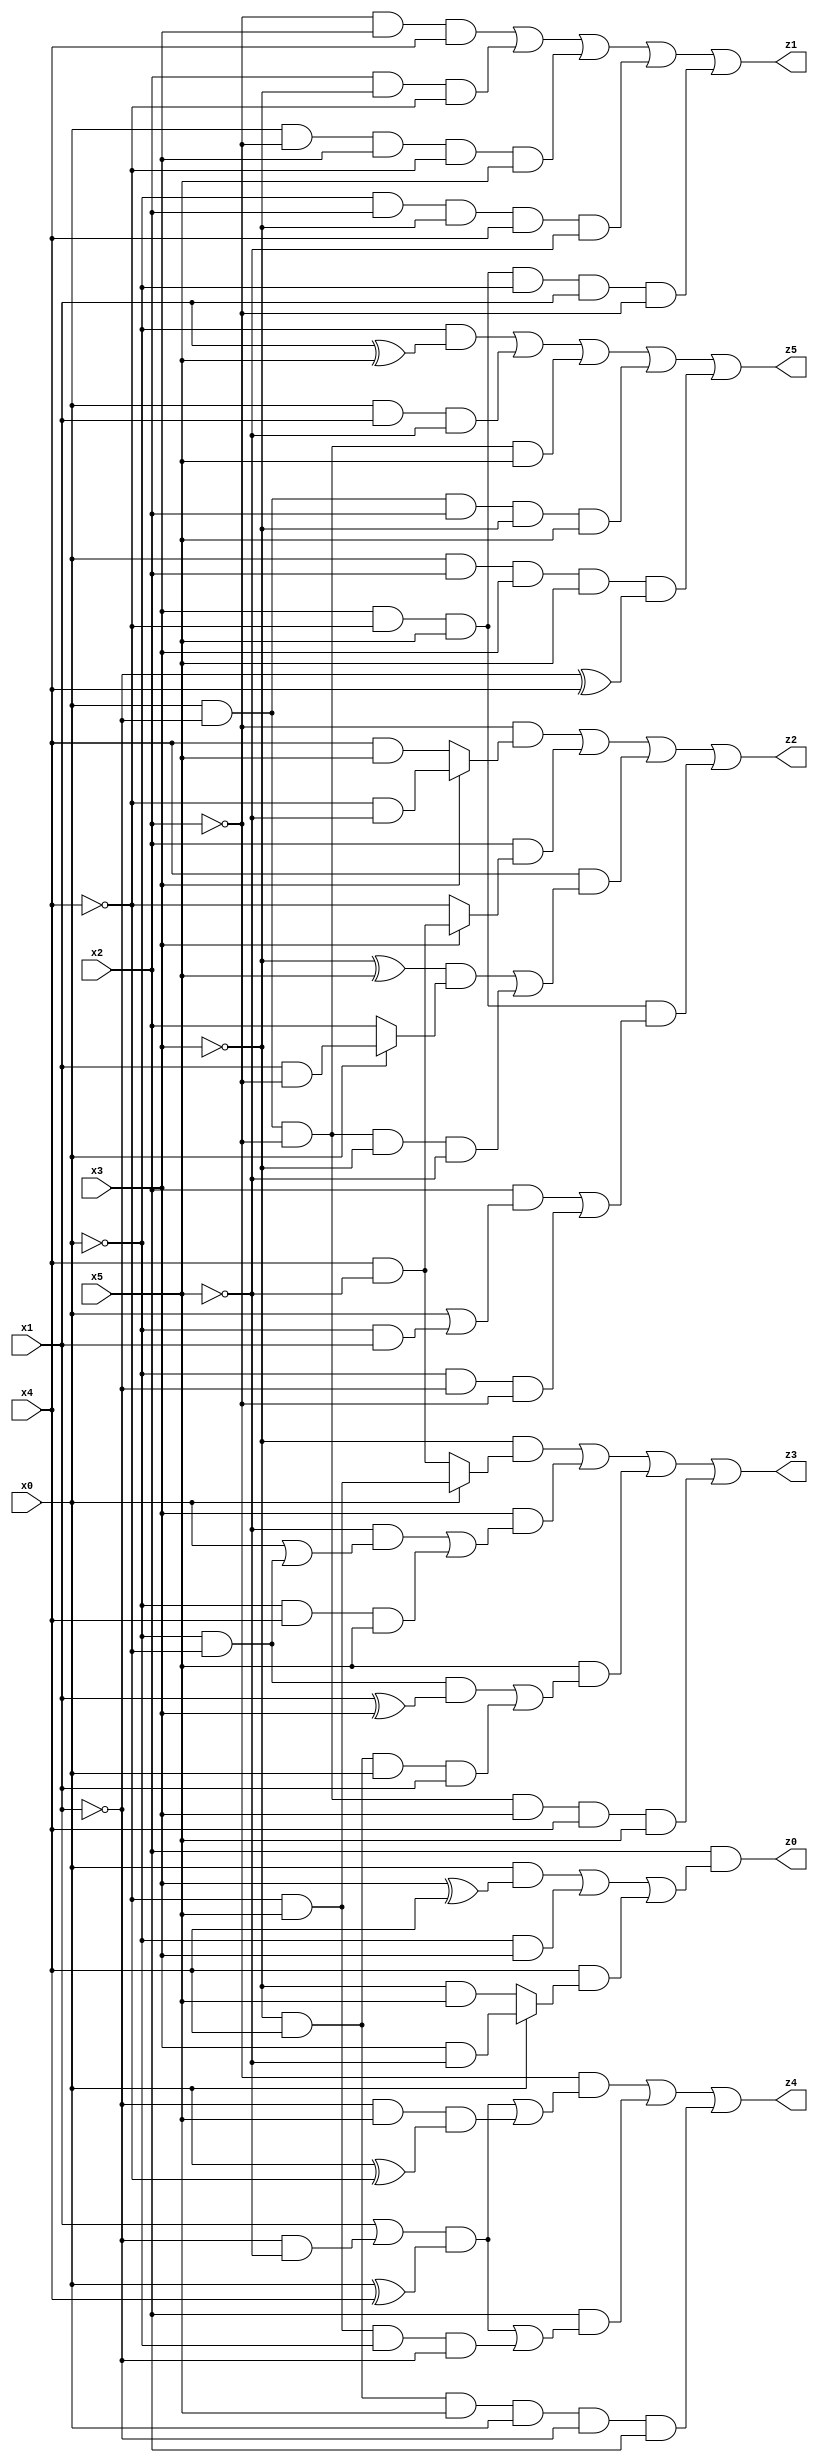
// Benchmark "X_77" written by ABC on Thu Jun 29 03:22:50 2023

module X_77 ( 
    x0, x1, x2, x3, x4, x5,
    z0, z1, z2, z3, z4, z5  );
  input  x0, x1, x2, x3, x4, x5;
  output z0, z1, z2, z3, z4, z5;
  assign z0 = x2 & ((x0 & (x3 ^ x4)) | (~x0 & x3) | (x4 & (x0 ? (x3 & ~x5) : (~x3 & x5))));
  assign z1 = (~x2 & x3 & x4) | (x2 & ~x3 & ~x4) | (x0 & ~x2 & x3 & ~x4 & x5) | (~x0 & x2 & ~x3 & x4 & ~x5) | (x3 & ~x4 & x5 & ~x0 & x1 & ~x2);
  assign z2 = (~x2 & (x3 ? (~x4 & ~x5) : (x4 & x5))) | (x2 & (x3 ? (x4 & ~x5) : ~x4)) | (x4 & (((~x3 ^ x5) & (x0 ? (x1 & ~x2) : x2)) | (x0 & ~x1 & ~x2 & ~x3 & ~x5))) | (x3 & ~x4 & x5 & ((x2 & (x0 | (~x0 & x1))) | (~x0 & ~x1 & ~x2)));
  assign z3 = (~x3 & (x0 ? (~x4 & x5) : (x4 & ~x5))) | (x3 & ((~x5 & (x0 | (~x0 & ~x4))) | (~x0 & x4 & x5))) | (x5 & ((~x0 & ~x4 & (x1 ^ x3)) | (~x3 & x4 & x0 & x1))) | (x0 & ~x1 & ~x2 & x3 & x4 & x5);
  assign z4 = (~x2 & (((x1 | (~x1 & ~x5)) & (x0 ^ x4)) | (~x1 & x5 & (x0 ^ ~x4)))) | (x2 & (((x1 | (~x1 & ~x5)) & (x0 ^ x4)) | (~x4 & x5 & ~x0 & ~x1))) | (~x3 & x4 & x5 & x0 & ~x1 & x2);
  assign z5 = (~x0 & (x1 ^ x5)) | (x0 & x1 & ~x5) | (x0 & ~x1 & ~x2 & x5) | (x0 & ~x1 & x2 & ~x3 & x5) | (x0 & x2 & x3 & x5 & (~x1 ^ x4));
endmodule